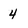
Character: 4